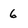
Character: 6